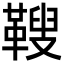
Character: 𩌅